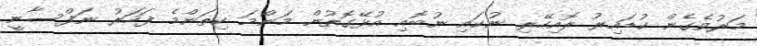
މަރުވެގެން ކުޑައިރު ރޮއިހޭރި ނުކައި ނުބޮއި އުޅޭގޮތުން މަންމަ ކިތަންމެ ފަހަރު ނަފްސާނީ